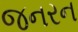
જનરન